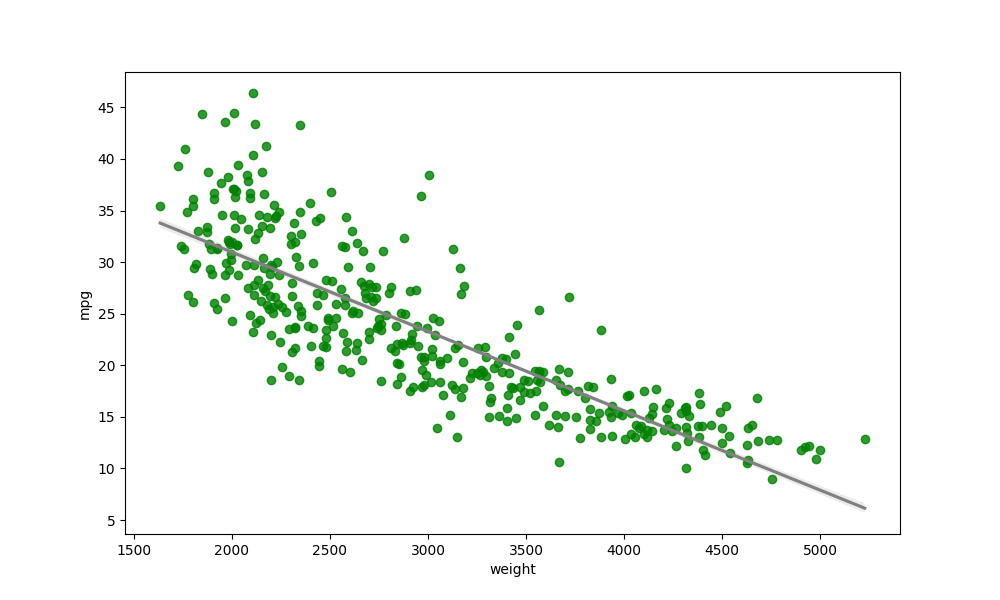
python, seaborn, regplot, order=1, ci=68, scatter_color=green, line_color=gray